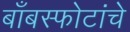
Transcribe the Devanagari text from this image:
बाँबस्फोटांचे